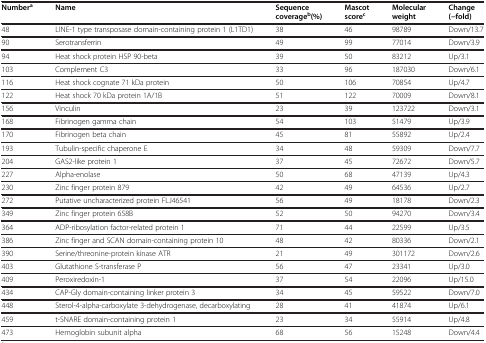
<table><thead><tr><td><b>Number<sup>a</sup></b></td><td><b>Name</b></td><td><b>Sequence coverage<sup>b</sup>(%)</b></td><td><b>Mascot score<sup>c</sup></b></td><td><b>Molecular weight</b></td><td><b>Change(−fold)</b></td></tr></thead><tbody><tr><td>48</td><td>LINE-1 type transposase domain-containing protein 1 (L1TD1)</td><td>38</td><td>46</td><td>98789</td><td>Down/13.7</td></tr><tr><td>90</td><td>Serotransferrin</td><td>49</td><td>99</td><td>77014</td><td>Down/3.9</td></tr><tr><td>94</td><td>Heat shock protein HSP 90-beta</td><td>39</td><td>50</td><td>83212</td><td>Up/3.1</td></tr><tr><td>103</td><td>Complement C3</td><td>33</td><td>96</td><td>187030</td><td>Down/6.1</td></tr><tr><td>116</td><td>Heat shock cognate 71 kDa protein</td><td>50</td><td>106</td><td>70854</td><td>Up/4.7</td></tr><tr><td>122</td><td>Heat shock 70 kDa protein 1A/1B</td><td>51</td><td>122</td><td>70009</td><td>Down/8.1</td></tr><tr><td>156</td><td>Vinculin</td><td>23</td><td>39</td><td>123722</td><td>Down/3.1</td></tr><tr><td>168</td><td>Fibrinogen gamma chain</td><td>54</td><td>103</td><td>51479</td><td>Up/3.9</td></tr><tr><td>170</td><td>Fibrinogen beta chain</td><td>45</td><td>81</td><td>55892</td><td>Up/2.4</td></tr><tr><td>193</td><td>Tubulin-specific chaperone E</td><td>34</td><td>48</td><td>59309</td><td>Down/7.7</td></tr><tr><td>204</td><td>GAS2-like protein 1</td><td>37</td><td>45</td><td>72672</td><td>Down/5.7</td></tr><tr><td>227</td><td>Alpha-enolase</td><td>50</td><td>68</td><td>47139</td><td>Up/4.3</td></tr><tr><td>230</td><td>Zinc finger protein 879</td><td>42</td><td>49</td><td>64536</td><td>Up/2.7</td></tr><tr><td>272</td><td>Putative uncharacterized protein FLJ46541</td><td>56</td><td>49</td><td>18178</td><td>Down/2.3</td></tr><tr><td>349</td><td>Zinc finger protein 658B</td><td>52</td><td>50</td><td>94270</td><td>Down/3.4</td></tr><tr><td>364</td><td>ADP-ribosylation factor-related protein 1</td><td>71</td><td>44</td><td>22599</td><td>Up/3.5</td></tr><tr><td>386</td><td>Zinc finger and SCAN domain-containing protein 10</td><td>48</td><td>42</td><td>80336</td><td>Down/2.1</td></tr><tr><td>390</td><td>Serine/threonine-protein kinase ATR</td><td>21</td><td>49</td><td>301172</td><td>Down/2.6</td></tr><tr><td>403</td><td>Glutathione S-transferase P</td><td>56</td><td>47</td><td>23341</td><td>Up/3.0</td></tr><tr><td>409</td><td>Peroxiredoxin-1</td><td>37</td><td>54</td><td>22096</td><td>Up/15.0</td></tr><tr><td>434</td><td>CAP-Gly domain-containing linker protein 3</td><td>34</td><td>45</td><td>59522</td><td>Down/7.0</td></tr><tr><td>448</td><td>Sterol-4-alpha-carboxylate 3-dehydrogenase, decarboxylating</td><td>28</td><td>41</td><td>41874</td><td>Up/6.1</td></tr><tr><td>459</td><td>t-SNARE domain-containing protein 1</td><td>23</td><td>34</td><td>55914</td><td>Up/4.8</td></tr><tr><td>473</td><td>Hemoglobin subunit alpha</td><td>68</td><td>56</td><td>15248</td><td>Down/4.4</td></tr></tbody></table>